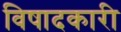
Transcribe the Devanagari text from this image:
विषादकारी